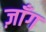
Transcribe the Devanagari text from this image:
ज़ाँग